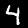
Digit: 4